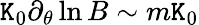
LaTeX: \mathtt{K}_{0}\partial_{\theta}\ln B\sim m\mathtt{K}_{0}